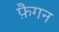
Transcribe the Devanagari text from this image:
फ़ैगन